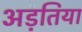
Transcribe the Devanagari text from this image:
अड़तिया